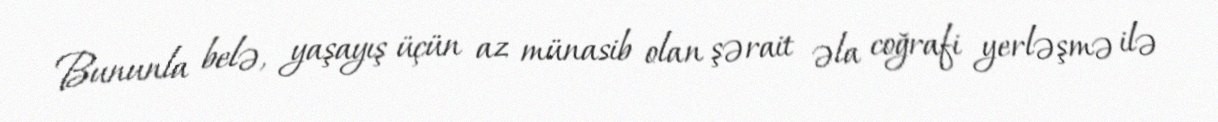
Bununla belə, yaşayış üçün az münasib olan şərait əla coğrafi yerləşmə ilə